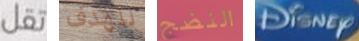
تقل للهدف النضج Disney